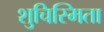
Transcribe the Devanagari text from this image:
शुचिस्मिता